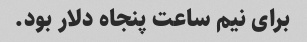
برای نیم ساعت پنجاه دلار بود.